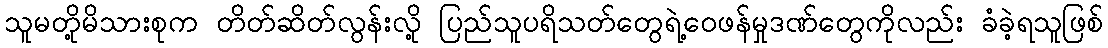
သူမတို့မိသားစုက တိတ်ဆိတ်လွန်းလို့ ပြည်သူပရိသတ်တွေရဲ့ဝေဖန်မှုဒဏ်တွေကိုလည်း ခံခဲ့ရသူဖြစ်